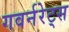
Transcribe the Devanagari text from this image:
गवर्नरेट्स